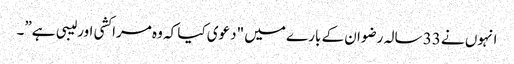
انہوں نے 33 سالہ رضوان کے بارے میں "دعوی کیا کہ وہ مراکشی اور لیبی ہے”۔